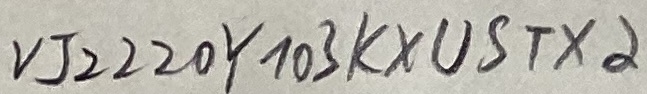
Text: VJ2220Y103KXUSTX2